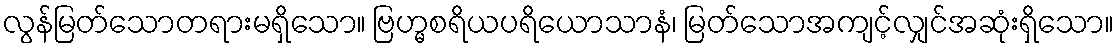
လွန်မြတ်သောတရားမရှိသော။ ဗြဟ္မစရိယပရိယောသာနံ၊ မြတ်သောအကျင့်လျှင်အဆုံးရှိသော။